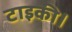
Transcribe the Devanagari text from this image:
टाइकी।